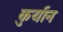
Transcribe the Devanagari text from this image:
कुर्यान